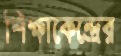
শিক্ষাকেন্দ্রের